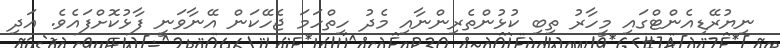
ނިޔުރޭޑިއެންޓްގައި މީހާރު ތިބި ކުޅުންތެރިންނާއި މެދު ހިތްހަމަ ޖެހޭކަން އޭނާވަނީ ފާޅުކޮށްފައެވެ. އަދި